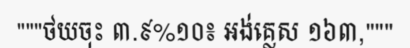
"""ថយចុះ ៣.៩%១០៖ អង់គ្លេស ១៦៣,"""